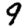
Digit: 9